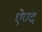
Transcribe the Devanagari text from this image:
ऐण्द